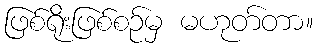
ဖြစ်ရိုးဖြစ်စဉ်မှ မဟုတ်တာ။